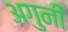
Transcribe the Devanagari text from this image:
अगुनी